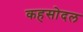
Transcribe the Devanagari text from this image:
कहसोदल